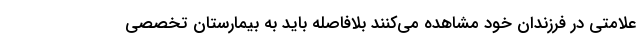
علامتی در فرزندان خود مشاهده می‌کنند بلافاصله باید به بیمارستان تخصصی